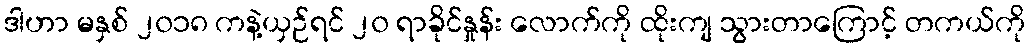
ဒါဟာ မနှစ် ၂၀၁၈ ကနဲ့ယှဉ်ရင် ၂၀ ရာခိုင်နှုန်း လောက်ကို ထိုးကျ သွားတာကြောင့် တကယ်ကို